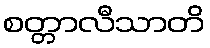
စတ္တာလီသာတိ